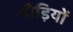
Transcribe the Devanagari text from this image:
पीड़ियों